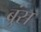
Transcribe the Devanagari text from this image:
ब्रुंस